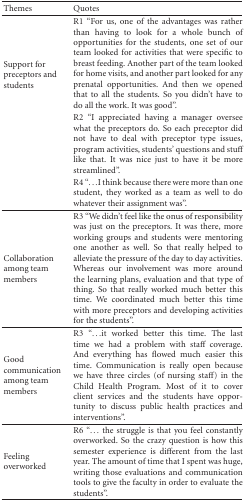
<table><thead><tr><td><b>Themes</b></td><td><b>Quotes</b></td></tr></thead><tbody><tr><td rowspan="3">Support for preceptors and students</td><td>R1 “For us, one of the advantages was rather than having to look for a whole bunch of opportunities for the students, one set of our team looked for activities that were specific to breast feeding. Another part of the team looked for home visits, and another part looked for any prenatal opportunities. And then we opened that to all the students. So you didn&#x27;t have to do all the work. It was good”.</td></tr><tr><td>R2 “I appreciated having a manager oversee what the preceptors do. So each preceptor did not have to deal with preceptor type issues, program activities, students&#x27; questions and stuff like that. It was nice just to have it be more streamlined”.</td></tr><tr><td>R4 “...I think because there were more than one student, they worked as a team as well to do whatever their assignment was”. </td></tr><tr><td>Collaboration among team members</td><td>R3 “We didn&#x27;t feel like the onus of responsibility was just on the preceptors. It was there, more working groups and students were mentoring one another as well. So that really helped to alleviate the pressure of the day to day activities. Whereas our involvement was more around the learning plans, evaluation and that type of thing. So that really worked much better this time. We coordinated much better this time with more preceptors and developing activities for the students”. </td></tr><tr><td>Good communication among team members</td><td>R3 “...it worked better this time. The last time we had a problem with staff coverage. And everything has flowed much easier this time. Communication is really open because we have three circles (of nursing staff) in the Child Health Program. Most of it to cover client services and the students have opportunity to discuss public health practices and interventions”. </td></tr><tr><td>Feeling overworked</td><td>R6 “... the struggle is that you feel constantly overworked. So the crazy question is how this semester experience is different from the last year. The amount of time that I spent was huge, writing those evaluations and communication tools to give the faculty in order to evaluate the students”.</td></tr></tbody></table>